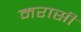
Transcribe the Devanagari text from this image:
मरासी